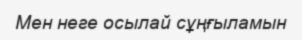
Мен неге осылай сұңғыламын